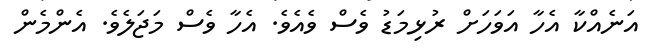
އަނެއްކާ އެހާ އަވަހަށް ރުޅިމަޑު ވެސް ވެއެވެ. އެހާ ވެސް މަޖަލެވެ. އެންމެން